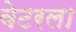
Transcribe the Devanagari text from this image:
वेटरला